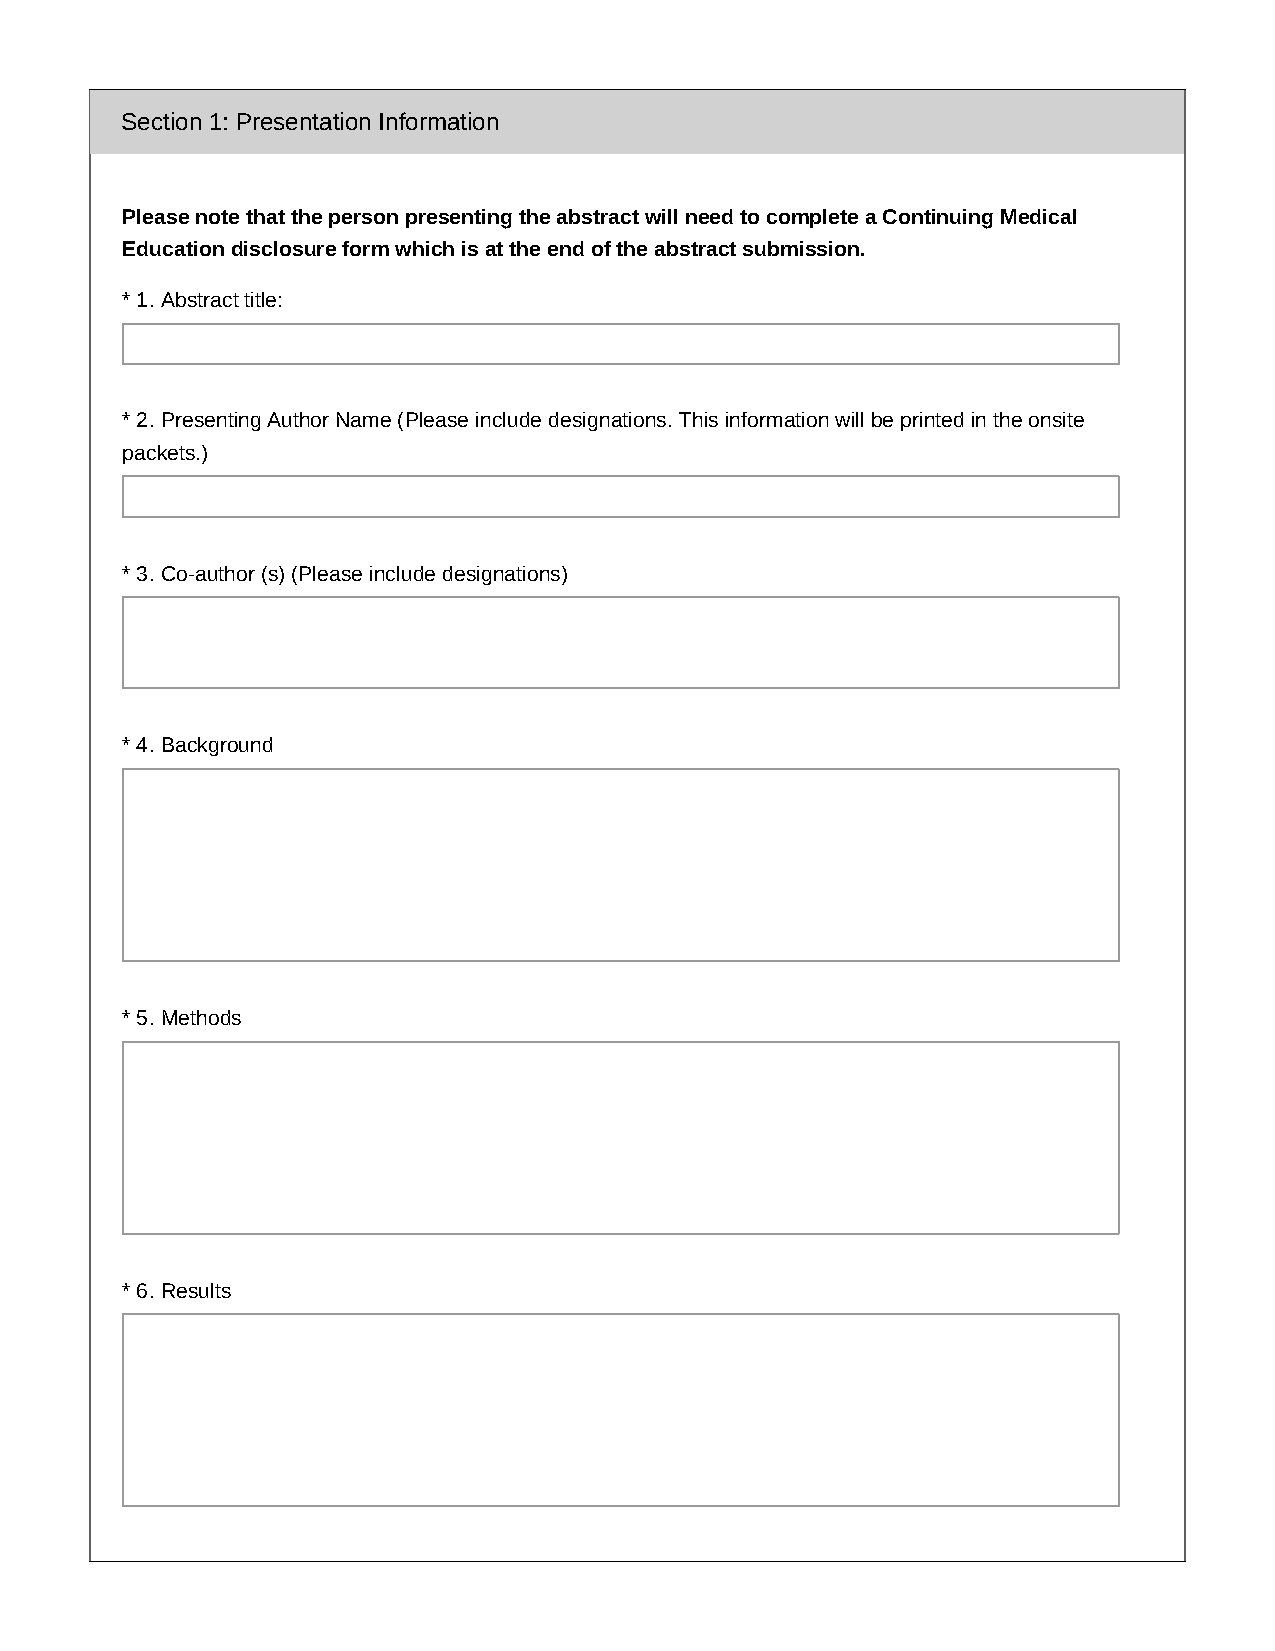
Section 1: Presentation Information
 Please note that the person presenting the abstract will need to complete a Continuing Medical
 Education disclosure form which is at the end of the abstract submission.
 * 1. Abstract title:
 * 2. Presenting Author Name (Please include designations. This information will be printed in the onsite
 packets.)
 * 3. Co-author (s) (Please include designations)
 * 4. Background
 * 5. Methods
 * 6. Results